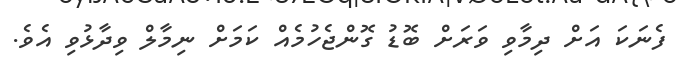
ފެނަކަ އަށް ދިމާވި ވަރަށް ބޮޑު ގޮންޖެހުމެއް ކަމަށް ނިމާލް ވިދާޅުވި އެވެ.